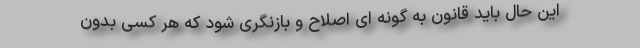
این حال باید قانون به گونه ای اصلاح و بازنگری شود که هر کسی بدون